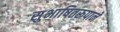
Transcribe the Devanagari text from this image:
सुभाषितरूपाने